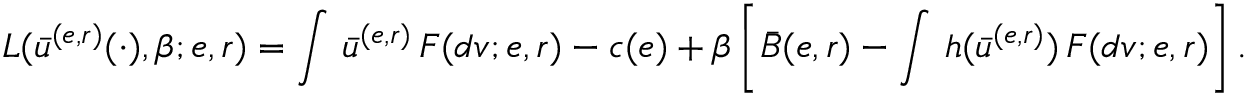
L ( \bar { u } ^ { ( e , r ) } ( \cdot ) , \beta ; e , r ) = \int \, \bar { u } ^ { ( e , r ) } \, F ( d v ; e , r ) - c ( e ) + \beta \left[ \bar { B } ( e , r ) - \int \, h ( \bar { u } ^ { ( e , r ) } ) \, F ( d v ; e , r ) \right] .